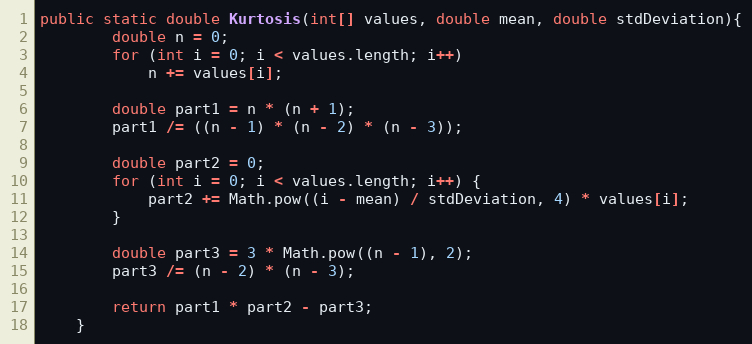
Language: Java
public static double Kurtosis(int[] values, double mean, double stdDeviation){
        double n = 0;
        for (int i = 0; i < values.length; i++)
            n += values[i];

        double part1 = n * (n + 1);
        part1 /= ((n - 1) * (n - 2) * (n - 3));

        double part2 = 0;
        for (int i = 0; i < values.length; i++) {
            part2 += Math.pow((i - mean) / stdDeviation, 4) * values[i];
        }

        double part3 = 3 * Math.pow((n - 1), 2);
        part3 /= (n - 2) * (n - 3);

        return part1 * part2 - part3;
    }